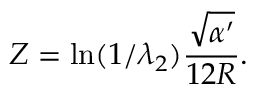
Z = \ln ( 1 / { \lambda _ { 2 } } ) { \frac { \sqrt { \alpha ^ { \prime } } } { 1 2 R } } .